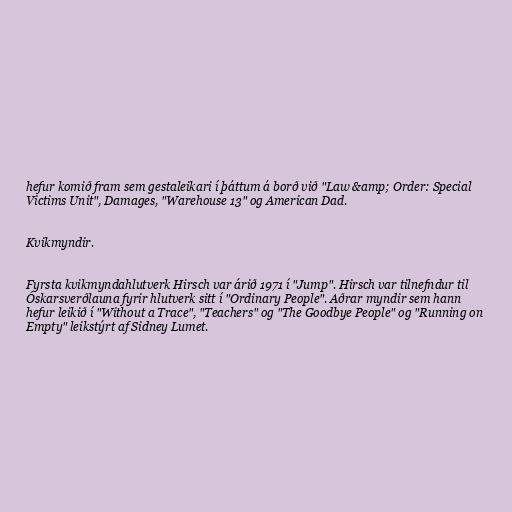
hefur komið fram sem gestaleikari í þáttum á borð við "Law &amp; Order: Special
Victims Unit", Damages, "Warehouse 13" og American Dad.

Kvikmyndir.

Fyrsta kvikmyndahlutverk Hirsch var árið 1971 í "Jump". Hirsch var tilnefndur til
Óskarsverðlauna fyrir hlutverk sitt í "Ordinary People". Aðrar myndir sem hann
hefur leikið í "Without a Trace", "Teachers" og "The Goodbye People" og "Running on
Empty" leikstýrt af Sidney Lumet.